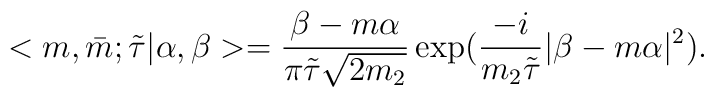
<m,\bar{m};\tilde{\tau}|\alpha,\beta>=\frac{\beta-m\alpha}{\pi\tilde{\tau}\sqrt{2m_{2}}}\exp(\frac{-i}{m_{2}\tilde{\tau}}|\beta-m\alpha|^{2}).